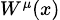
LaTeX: \scriptstyle W^{\mu}(x)